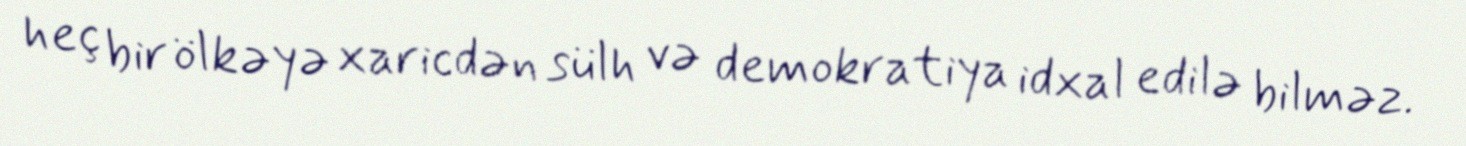
heç bir ölkəyə xaricdən sülh və demokratiya idxal edilə bilməz.